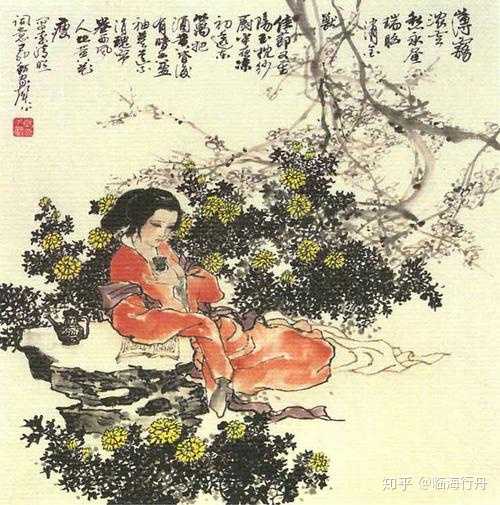
朗月清风，浓烟暗雨，天教憔悴度芳姿。